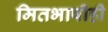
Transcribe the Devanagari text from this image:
मितभाषीही